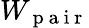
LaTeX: W_{\mathrm{~p~a~i~r~}}